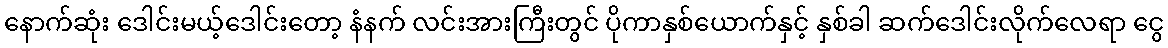
နောက်ဆုံး ဒေါင်းမယ့်ဒေါင်းတော့ နံနက် လင်းအားကြီးတွင် ပိုကာနှစ်ယောက်နှင့် နှစ်ခါ ဆက်ဒေါင်းလိုက်လေရာ ငွေ